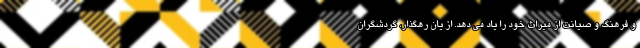
و فرهنگ و صیانت از میراث خود را یاد می دهد. از یان رهگذار، گردشگران